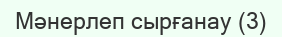
Мәнерлеп сырғанау (3)